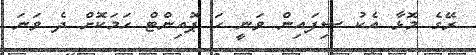
ރޭގެ މޮޅާ އެކު ސިފައިން ވަނީ ހަ ޕޮއިންޓް ހަމަކޮށް ދެ ވަނަ